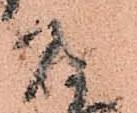
頭